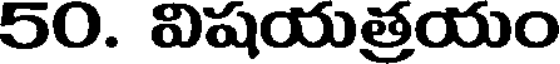
50. విషయత్రయం